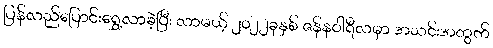
ပြန်လည်ပြောင်းရွှေ့လာခဲ့ပြီး လာမယ့် ၂၀၂၂ခုနှစ် ဇန်နဝါရီလမှာ အသင်းအတွက်